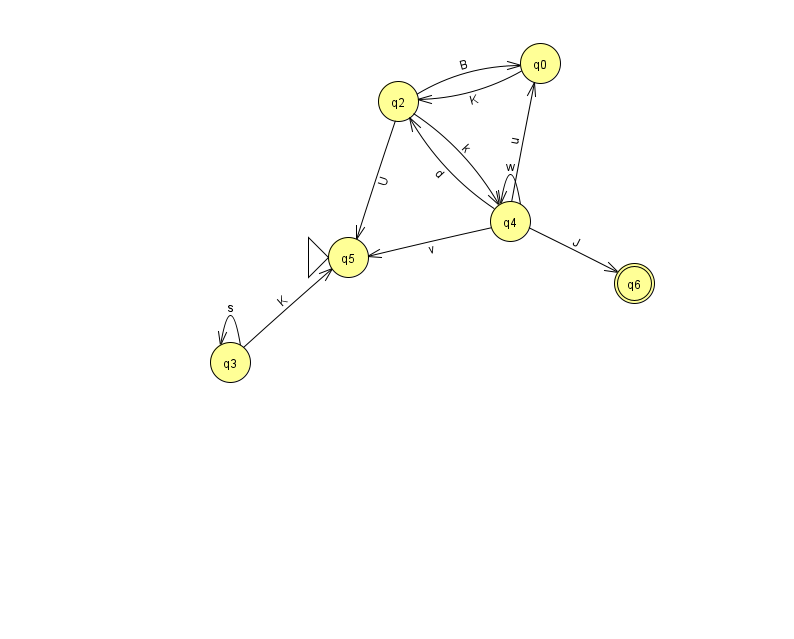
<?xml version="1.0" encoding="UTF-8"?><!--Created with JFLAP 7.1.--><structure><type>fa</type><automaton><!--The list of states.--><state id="0" name="q0"><x>540.0</x><y>50.0</y></state><state id="2" name="q2"><x>398.0</x><y>88.0</y></state><state id="3" name="q3"><x>230.0</x><y>349.0</y></state><state id="4" name="q4"><x>510.0</x><y>208.0</y></state><state id="5" name="q5"><x>348.0</x><y>244.0</y><initial/></state><state id="6" name="q6"><x>634.0</x><y>270.0</y><final/></state><!--The list of transitions.--><transition><from>2</from><to>4</to><read>k</read></transition><transition><from>2</from><to>0</to><read>B</read></transition><transition><from>2</from><to>5</to><read>U</read></transition><transition><from>3</from><to>3</to><read>s</read></transition><transition><from>4</from><to>6</to><read>J</read></transition><transition><from>3</from><to>5</to><read>K</read></transition><transition><from>4</from><to>4</to><read>w</read></transition><transition><from>0</from><to>2</to><read>K</read></transition><transition><from>4</from><to>5</to><read>v</read></transition><transition><from>4</from><to>2</to><read>d</read></transition><transition><from>4</from><to>0</to><read>u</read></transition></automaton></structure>